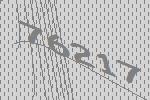
76217